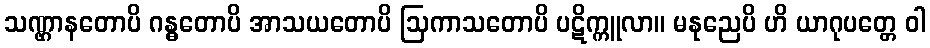
သဏ္ဌာနတောပိ ဂန္ဓတောပိ အာသယတောပိ ဩကာသတောပိ ပဋိက္ကူလာ။ မနုညေပိ ဟိ ယာဂုပတ္တေ ဝါ